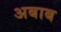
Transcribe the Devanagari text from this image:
अबाब